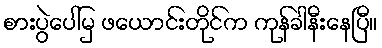
စားပွဲပေါ်မှ ဖယောင်းတိုင်က ကုန်ခါနီးနေပြီ။